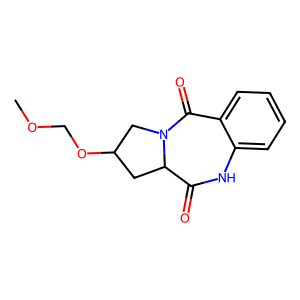
SMILES: COCOC1CC2C(=O)Nc3ccccc3C(=O)N2C1
Inhibits HIV replication: No